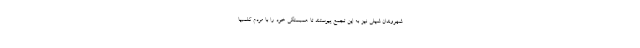
شهروندان شیلی نیز به این تجمع پیوستند تا همبستگی خود را با مردم کلمبیا